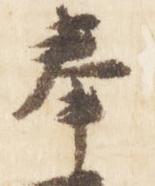
奉